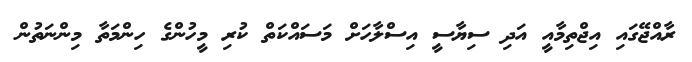
ރާއްޖޭގައި އިޖްތިމާއީ އަދި ސިޔާސީ އިސްލާހަށް މަސައްކަތް ކުރި މީހުންގެ ހިންމަތާ މިންނަތުން